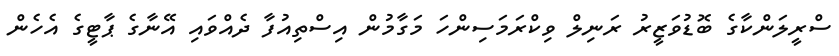
ސްރީލަންކާގެ ބޮޑުވަޒީރު ރަނިލް ވިކްރަމަސިންހަ މަގާމުން އިސްތިއުފާ ދެއްވައި އޭނާގެ ޕާޓީގެ އެހެން